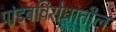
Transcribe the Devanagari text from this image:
पांडवविरोधातील